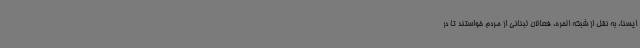
ایسنا، به نقل از شبکه الحره، فعالان لبنانی از مردم خواستند تا در